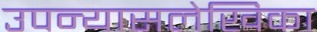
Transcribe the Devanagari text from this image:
उपन्यासलेखिका